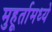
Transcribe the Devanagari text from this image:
मुहूर्तामध्ये